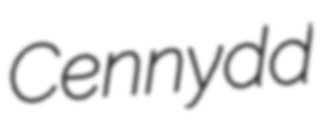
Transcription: Cennydd